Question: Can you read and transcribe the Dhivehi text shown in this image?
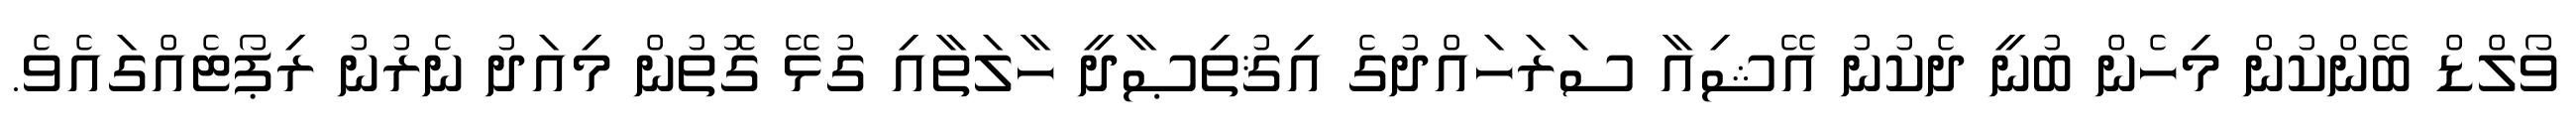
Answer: ވޯލްޑް ބޭންކުން މިހެން ބުނީ ދެކުނު އޭޝިއާ ސަރަހައްދުގެ އިޤުތިޞާދީ ހާލަތާއި ގުޅޭ ގޮތުން މިއަދު ނެރުނު ރިޕޯޓެއްގައެވެ.